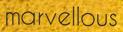
marvellous